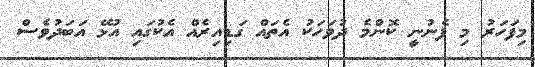
މިފަހަރު މި ފެނުނީ ކޮންމެ ދުވަހަކު އެތައް ގަޑިއިރެއް އެކުގައި އުޅޭ އަބަދުވެސް